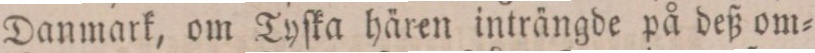
Danmark, om Tyſka hären inträngde på deß om=